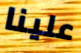
علينا